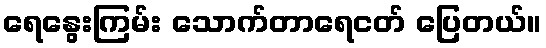
ရေနွေးကြမ်း သောက်တာရေငတ် ပြေတယ်။